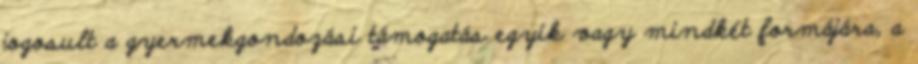
jogosult a gyermekgondozási támogatás egyik vagy mindkét formájára, a